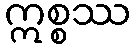
ဣစ္စဿ